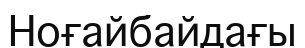
Ноғайбайдағы